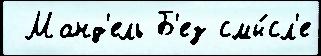
 Манд'ель Б'ез смы́сл'е